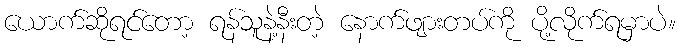
ယောက်ဆိုရင်တော့ ရန်သူနဲ့နီးတဲ့ နောက်ဖျားတပ်ကို ပို့လိုက်ရမှာပဲ။